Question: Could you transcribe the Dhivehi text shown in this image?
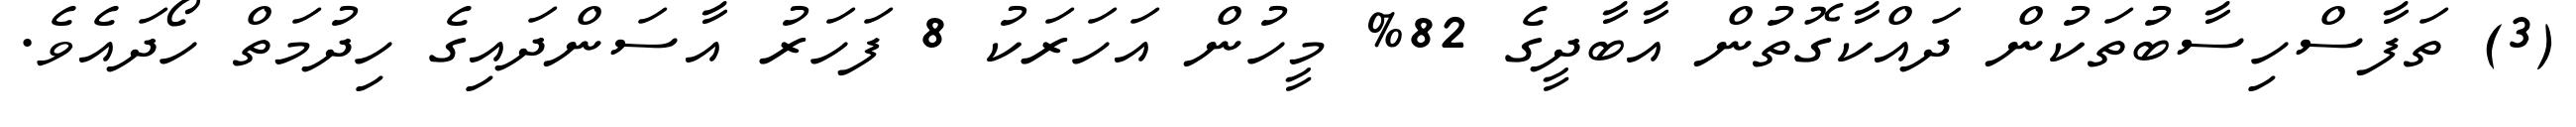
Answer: (3) ތަފާސްހިސާބުތަކުން ދައްކާގޮތުން އާބާދީގެ 82% މީހުން އަހަރަކު 8 ފަހަރު އާސަންދައިގެ ހިދުމަތް ހޯދައެވެ.